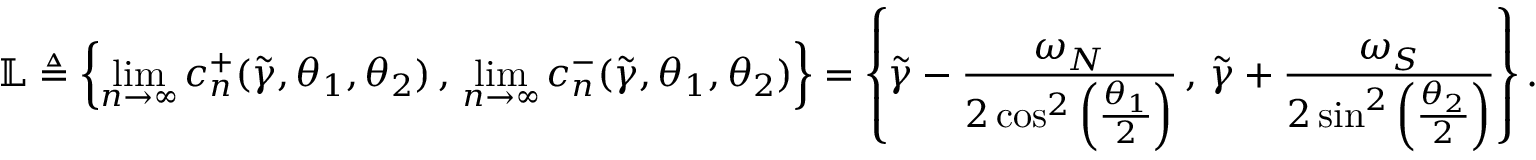
\mathbb { L } \triangleq \left\lbrace \operatorname* { l i m } _ { n \to \infty } c _ { n } ^ { + } ( \widetilde { \gamma } , \theta _ { 1 } , \theta _ { 2 } ) \, , \, \operatorname* { l i m } _ { n \to \infty } c _ { n } ^ { - } ( \widetilde { \gamma } , \theta _ { 1 } , \theta _ { 2 } ) \right\rbrace = \left\lbrace \widetilde { \gamma } - \frac { \omega _ { N } } { 2 \cos ^ { 2 } \left( \frac { \theta _ { 1 } } { 2 } \right) } \, , \, \widetilde { \gamma } + \frac { \omega _ { S } } { 2 \sin ^ { 2 } \left( \frac { \theta _ { 2 } } { 2 } \right) } \right\rbrace .